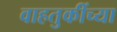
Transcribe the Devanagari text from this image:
वाहतुकींच्या